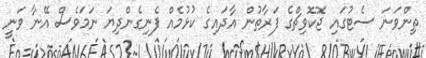
ތިންވަނަ ސެޓުގައި ޖޮކޮވިޗްގެ ފަރާތުން އާދައިގެ ކުޅުމެއް ފެނިގެންދިޔަ ނަމަވެސް އޭނާ ވަނީ